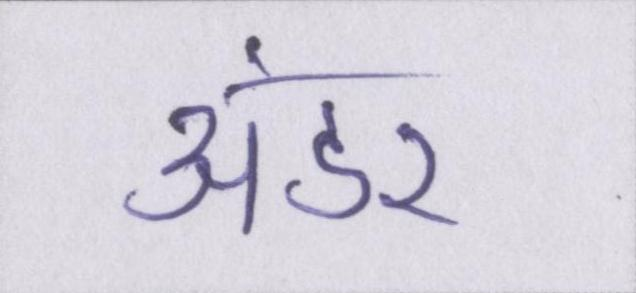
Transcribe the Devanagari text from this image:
अंडर